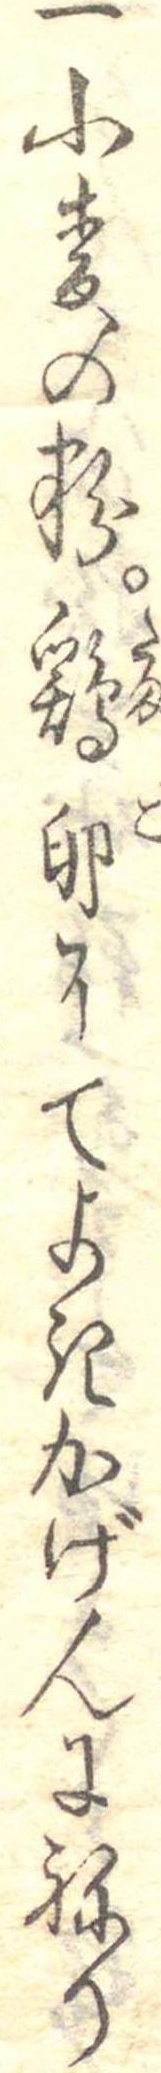
一小麦の粉鶏卵にてよきかげんにねり